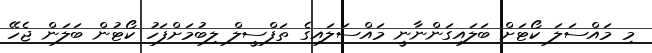
މި މައްސަލަ ކޯޓަށް ބަލައިގަންނާނީ މައްސަލައިގެ ތަފްސީލް ލިބުމަށްފަހު ކޯޓުން ބަލަން ޖެހޭ